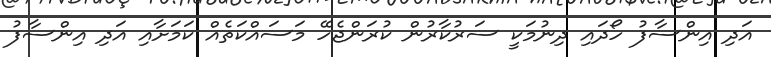
އަދި އިންސާފު ހޯދައި ދިނުމަކީ ސަރުކާރުން ކުރަންޖެހޭ މަސައްކަތެއް ކަމަށާއި އަދި އިންސާފު